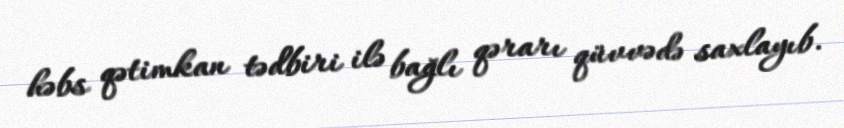
həbs qətimkan tədbiri ilə bağlı qərarı qüvvədə saxlayıb.